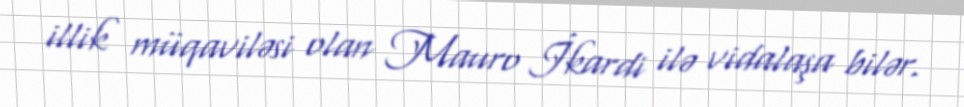
illik müqaviləsi olan Mauro İkardi ilə vidalaşa bilər.